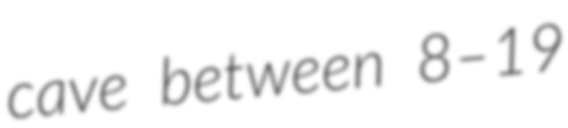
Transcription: cave between 8–19